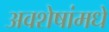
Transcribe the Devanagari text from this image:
अवशेषांमधे